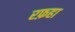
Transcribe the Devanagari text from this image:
रफ़हा